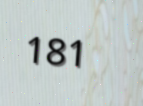
181